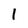
Character: 1